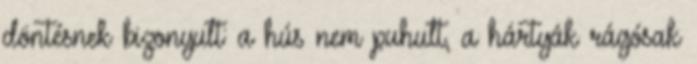
döntésnek bizonyult: a hús nem puhult, a hártyák rágósak